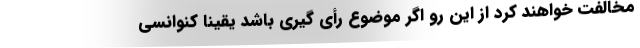
مخالفت خواهند کرد از این رو اگر موضوع رأی گیری باشد یقینا کنوانسی